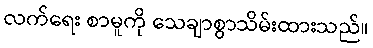
လက်ရေး စာမူကို သေချာစွာသိမ်းထားသည်။